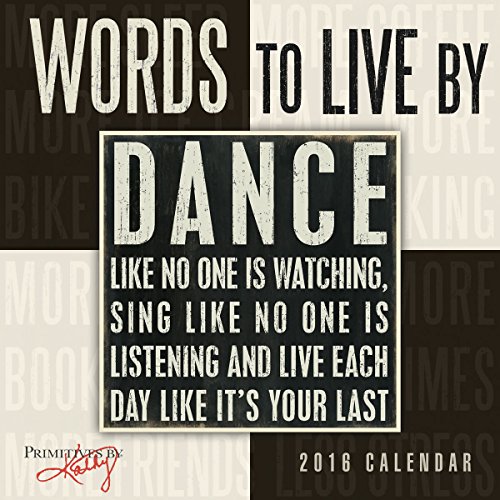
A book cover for Words to Live By 2016 Mini Calendar; Kathy/Primitives by Kathy Phillips; Calendars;